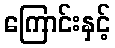
ကြောင်းနှင့်